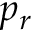
p _ { r }